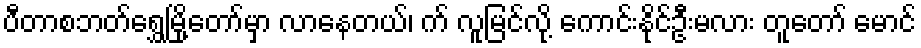
ပီတာစဘတ်ရွှေမြို့တော်မှာ လာနေတယ်၊ က် လူမြင်လို့ ကောင်းနိုင်ဦးမလား တူတော် မောင်